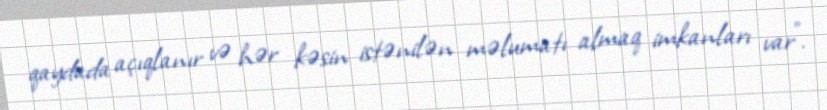
qaydada açıqlanır və hər kəsin istənilən məlumatı almaq imkanları var”.